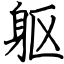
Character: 躯